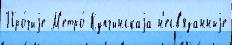
Про́чиjе М'етро́ Купчинскаjа н'есв'язанныjе